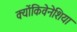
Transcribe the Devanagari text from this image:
क्योंकिवेनेशिया